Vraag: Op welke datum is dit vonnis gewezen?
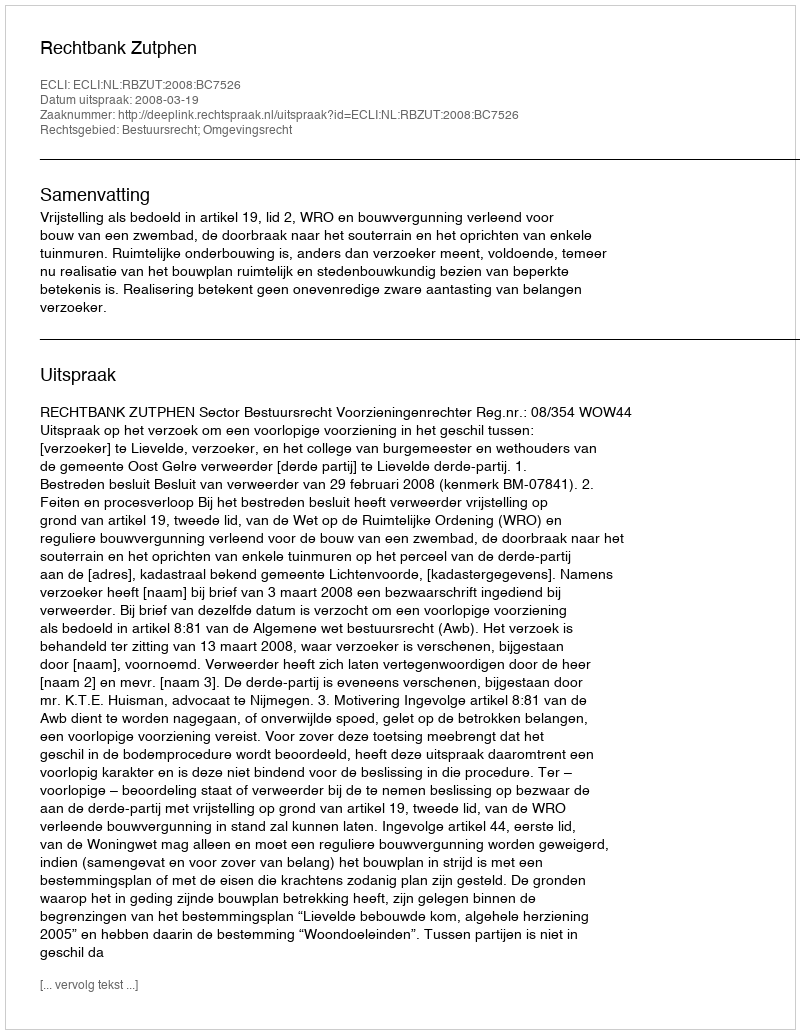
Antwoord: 2008-03-19